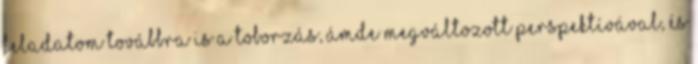
feladatom továbbra is a toborzás, ámde megváltozott perspektívával, és